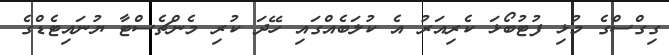
ގިގްސްގެ މުޅި ފުޓުބޯޅަ ކެރިއަރު އެ ކުލަބެއްގައި ހޭދަ ކުރި މެންޗެސްޓާ ޔުނައިޓެޑްގެ